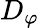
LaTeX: D_{\varphi}